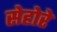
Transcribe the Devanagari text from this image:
सेहोरे